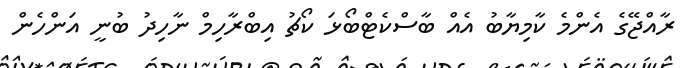
ރާއްޖޭގެ އެންމެ ކާމިޔާބު އެއް ބާސްކެޓްބޯޅަ ކޯޗު އިބްރާހިމް ނާހިދު ބުނީ އަންހެން